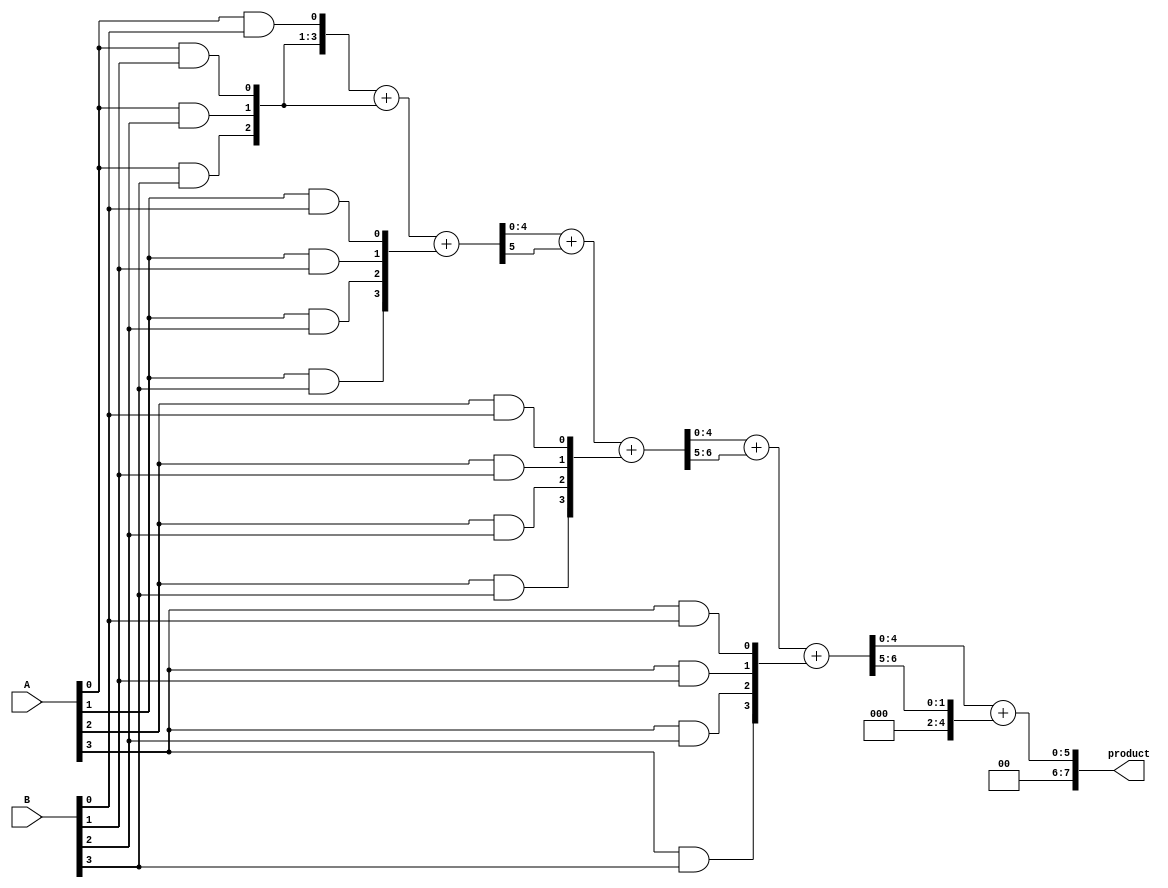
module dadda_multiplier #(parameter N = 4) (
    input [N-1:0] A,
    input [N-1:0] B,
    output reg [2*N-1:0] product
);

    // Partial product generation
    wire [N-1:0] pp [0:N-1]; // Partial products
    genvar i, j;
    generate
        for (i = 0; i < N; i = i + 1) begin : pp_gen
            for (j = 0; j < N; j = j + 1) begin : pp_row
                assign pp[i][j] = A[i] & B[j];
            end
        end
    endgenerate

    // Carry-Save Adder (CSA) for reduction
    wire [N:0] sum [0:N-1]; // Sum outputs of CSA
    wire [N:0] carry [0:N-1]; // Carry outputs of CSA

    // Initial stage: connect partial products
    generate
        for (i = 0; i < N; i = i + 1) begin : csa_stage
            if (i == 0) begin
                assign sum[i] = {1'b0, pp[i]};
                assign carry[i] = {1'b0, 1'b0, pp[i][N-1:1]};
            end else begin
                assign {carry[i], sum[i]} = sum[i-1] + carry[i-1] + {1'b0, pp[i]};
            end
        end
    endgenerate

    // Final addition stage
    wire [2*N-1:0] final_sum;
    wire [2*N-1:0] final_carry;

    assign final_sum = {1'b0, sum[N-1]} + {1'b0, carry[N-1]};

    // Assign the final product
    always @(*) begin
        product = final_sum;
    end

endmodule